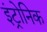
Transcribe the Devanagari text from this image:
इंट्रोनिक